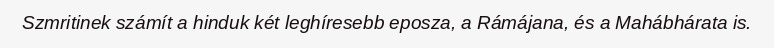
Szmritinek számít a hinduk két leghíresebb eposza, a Rámájana, és a Mahábhárata is.